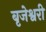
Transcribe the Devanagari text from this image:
बृजेश्वरी